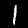
Digit: 1